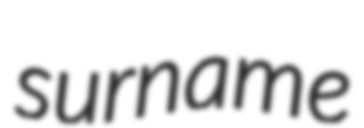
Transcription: surname